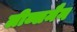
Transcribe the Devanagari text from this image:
लीब्समैन